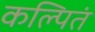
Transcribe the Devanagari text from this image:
कल्पितं